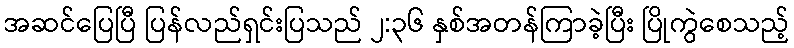
အဆင်ပြေပြီ ပြန်လည်ရှင်းပြသည် ၂:၃၆ နှစ်အတန်ကြာခဲ့ပြီး ပြိုကွဲစေသည့်